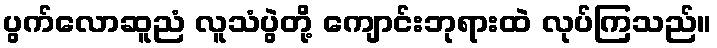
ပွက်လောဆူညံ လူသံပွဲတို့ ကျောင်းဘုရားထဲ လုပ်ကြသည်။